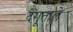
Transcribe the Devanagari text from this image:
देगूताले